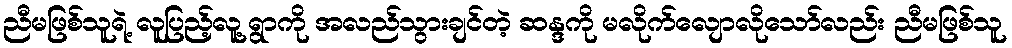
ညီမဖြစ်သူရဲ့ လူပြည့်လူ့ရွာကို အလည်သွားချင်တဲ့ ဆန္ဒကို မလိုက်လျောလိုသော်လည်း ညီမဖြစ်သူ